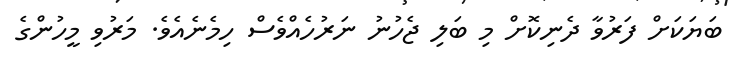
ބަޔަކަށް ފަރުވާ ދެނިކޮށް މި ބަލި ޖެހުނު ނަރުހެއްވެސް ހިމެނެއެވެ. މަރުވި މީހުންގެ